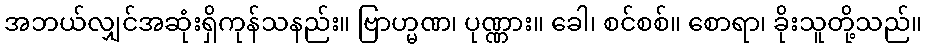
အဘယ်လျှင်အဆုံးရှိကုန်သနည်း။ ဗြာဟ္မဏ၊ ပုဏ္ဏား။ ခေါ၊ စင်စစ်။ စောရာ၊ ခိုးသူတို့သည်။